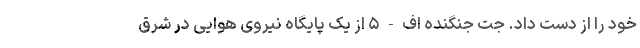
خود را از دست داد. جت جنگنده اف - ۵ از یک پایگاه نیروی هوایی در شرق